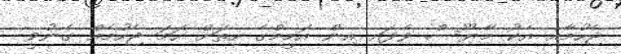
ޖެހުމާއި އެކު މާޔޫސް ވެފައި އިން އަމީމްގެ ހިތަށް ހަމަ ޖެހުމެއް ގެނުވީ